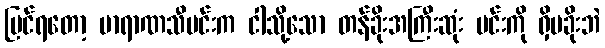
မြင်ရတော့ ဗာရာဏသီမင်းက ငါသို့သော တန်ခိုးအကြီးဆုံး မင်းကို ရှိမခိုးဘဲ